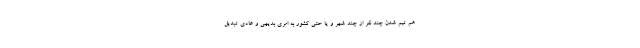
هم تیم شدن چند نفر از چند شهر و یا حتی کشور به امری بدیهی و عادی تبدیل